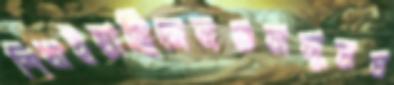
শিখাইয়াছিলেনগুলসুমঘ